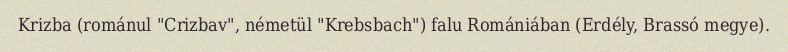
Krizba (románul "Crizbav", németül "Krebsbach") falu Romániában (Erdély, Brassó megye).